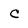
Character: C